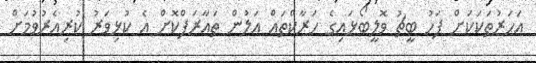
އަހަރުތަކަކަށް ފަހު ބީޗު ވޮލީބޯޅައިގެ ހަރާކްތައް އަލުން ތައާރަފްކޮށް އެ ކުޅިވަރު ކުރިއެރުވުމަށް